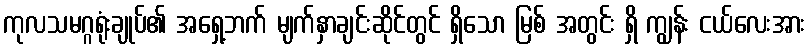
ကုလသမဂ္ဂရုံးချုပ်၏ အရှေ့ဘက် မျက်နှာချင်းဆိုင်တွင် ရှိသော မြစ် အတွင်း ရှိ ကျွန်း ငယ်လေးအား